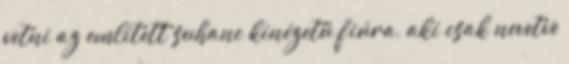
vetni az említett suhanc kinézetű fiúra, aki csak nevetve